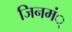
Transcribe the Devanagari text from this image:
जिनमं्